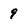
Character: 9